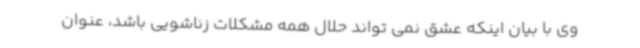
وی با بیان اینکه عشق نمی تواند حلال همه مشکلات زناشویی باشد، عنوان